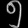
Digit: ၅